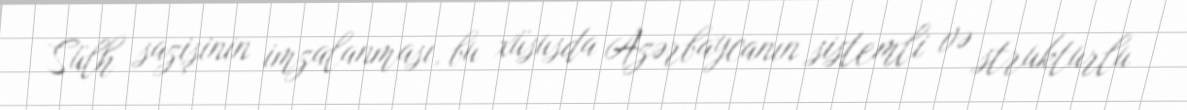
Sülh sazişinin imzalanması, bu xüsusda Azərbaycanın sistemli və strukturlu